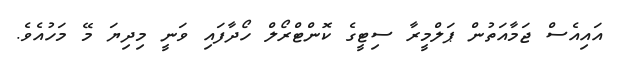
އައިއެސް ޖަމާއަތުން ޕަލްމީރާ ސިޓީގެ ކޮންޓްރޯލް ހޯދާފައި ވަނީ މިދިޔަ މޭ މަހުއެވެ.